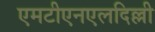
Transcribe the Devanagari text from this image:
एमटीएनएलदिल्ली